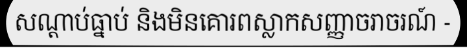
សណ្តាប់ធ្នាប់ និងមិនគោរពស្លាកសញ្ញាចរាចរណ៍ -